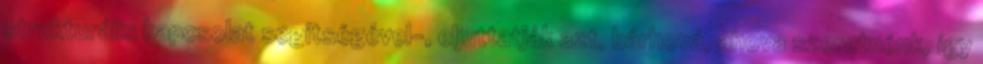
strukturális kapcsolat segítségével-, eljuttatják azt, bárhová, ahova szeretnénk, így